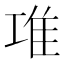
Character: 𨾊